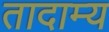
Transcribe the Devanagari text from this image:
तादाम्य